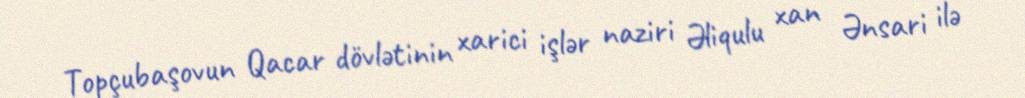
Topçubaşovun Qacar dövlətinin xarici işlər naziri Əliqulu xan Ənsari ilə